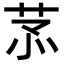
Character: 𦮡